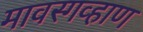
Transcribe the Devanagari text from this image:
मावस्गव्हाण